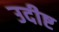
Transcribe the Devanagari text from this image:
उदीष्ट